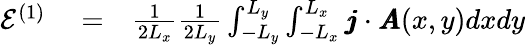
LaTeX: \begin{array}{rlr}{\mathcal{E}^{(1)}}&{{}=}&{\frac{1}{2L_{x}}\frac{1}{2L_{y}}\int_{-L_{y}}^{L_{y}}\int_{-L_{x}}^{L_{x}}\pmb{j}\cdot\pmb{A}(x,y)dxdy}\end{array}